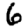
Digit: 6